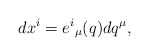
\begin{align*}dx^i=e^i{}_ \mu (q)dq^ \mu ,\end{align*}